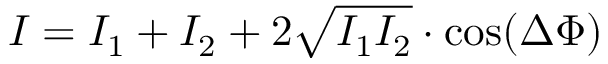
I = I _ { 1 } + I _ { 2 } + 2 \sqrt { I _ { 1 } I _ { 2 } } \cdot \cos ( \Delta \Phi )